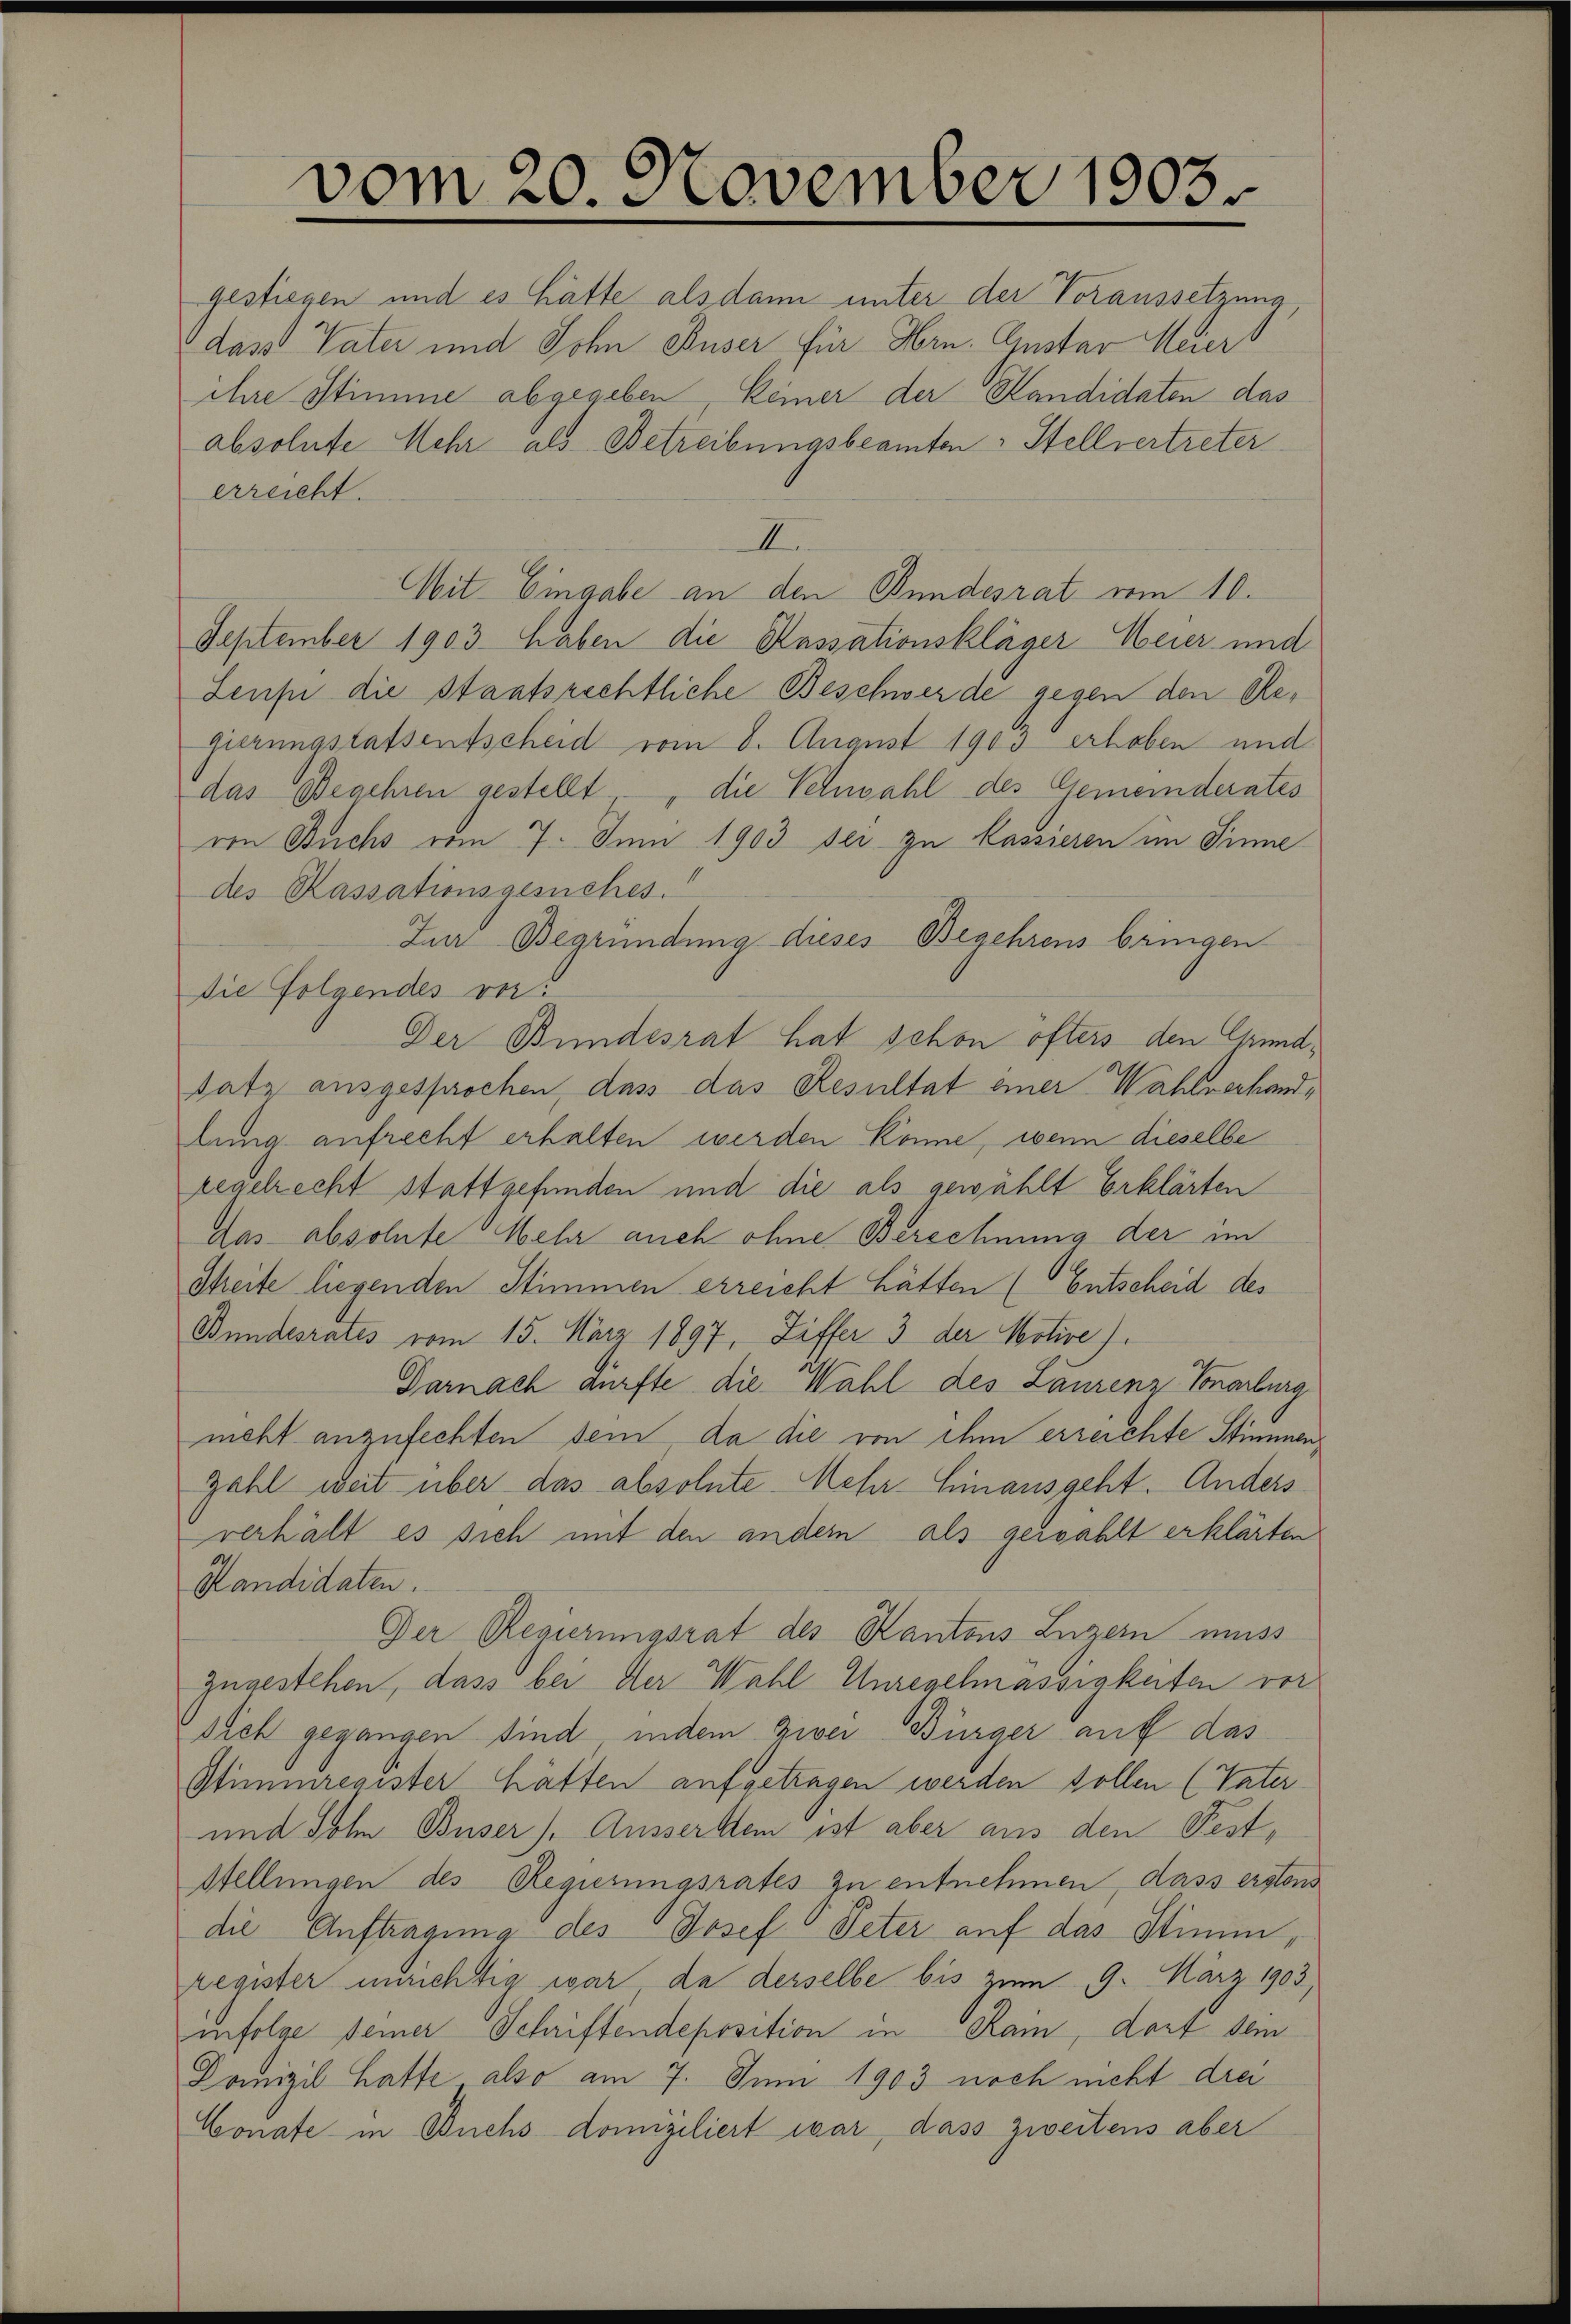
vom 20. November 1903

gestiegen und es hätte als dann unter der Voraussetzung
dass Vater und Sohn Buser für Hrn. Guster Meiers
ihre Stimme abgegeben, keiner der Kandidaten das
erreicht.
I
Mit Eingabe an den Bundesrat vom 10.
September 1903 haben die Kassationskläger Meier und
Zeuse die Staatsrechtliche Beschwerde gegen den Regierungstatsentscheid vom 8. August 1900 erhoben und
das Begehren gestellt, „die Schwahl des Gemeinderates
von Buchs vom 7. Juni 1903 sei zu Kassieren im Sinne
des Kassationsgesuches.
Zur Begründung dieses Begehrens bringen
Die Folgendes ver
Der Bundesrat hat schon öfters den Grundsatz ausgesprochen, dass das Resultat einer Wahlverhandlung aufrecht erhalten werden könne, wenn dieselbe
regelrecht stattgefunden und die als gewählt Erklärten
das absolute Mehr auch ohne Berechnung der im
Streite liegenden Stimmen erreicht hätten (Entscheid des
Bundesrates vom 15. März 1897, Ziffer 3 der Motive
Darnach dürfte die Wahl des Laurenz Vonarburg
neht anzufechten sein, da die von ihm erreichte Stimmen¬
Zahl weit über das absolute Mehr- Hinausgeht. Anders
verhält es sich mit den andern als gewählt erklärten
Kandidaten.
Der Regierungsrat des Kantons Luzern muss
zugestehen, dass bei der Wahl Unregelmässigkeiten vor
dich gegangen sind indem Zwei Bürger auf das
Stimmregister hätten aufgetragen werden sollen (Vater
und Sohn Buser), Ausserdem ist aber aus den Fest¬
Stellungen des Regierungsrates zu entnehmen, dass erstens
die Auftragung des Josef Peter auf das Stimm
register unrichtig war da derselbe bis zum 9. März 1903,
infolge seiner Schriftendeposition in Rain, dort dem
Domizil hatte also am 7. Juni 1903 noch nicht drei
Conate in Buchs domiziliert war, dass zweitens aber

absolute Mehr als Betreibungsbeamten Stellvertreter